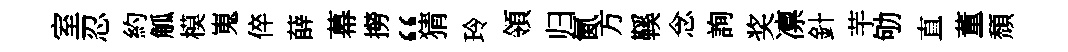
室忍約觚模嵬倅薛幕撈“猜玲領归氤方鞵念詢奖凛針芋劬直董頹